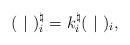
LaTeX: \begin{align*} (~|~)^{\natural}_i=k^{\natural}_i(~|~)_i,\end{align*}